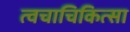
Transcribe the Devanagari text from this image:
त्वचाचिकित्सा